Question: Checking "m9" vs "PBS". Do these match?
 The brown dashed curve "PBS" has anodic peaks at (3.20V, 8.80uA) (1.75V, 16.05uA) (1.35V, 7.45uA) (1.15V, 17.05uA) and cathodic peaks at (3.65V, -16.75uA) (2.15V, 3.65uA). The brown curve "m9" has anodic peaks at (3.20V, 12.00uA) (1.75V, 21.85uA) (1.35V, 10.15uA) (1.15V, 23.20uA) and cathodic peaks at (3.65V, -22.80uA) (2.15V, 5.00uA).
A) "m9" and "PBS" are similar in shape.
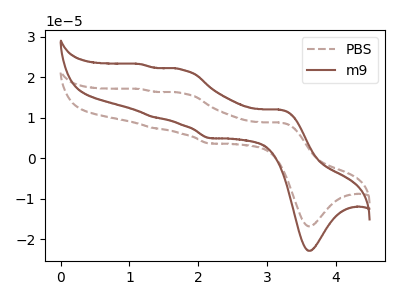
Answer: <think>All the peaks in "m9" have a peak in "PBS" at the same potential.
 </think>
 <answer>A) "m9" and "PBS" are similar in shape.</answer>
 <eval>A</eval>